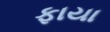
ફાયા